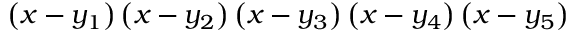
\left( x - y _ { 1 } \right) \left( x - y _ { 2 } \right) \left( x - y _ { 3 } \right) \left( x - y _ { 4 } \right) \left( x - y _ { 5 } \right)